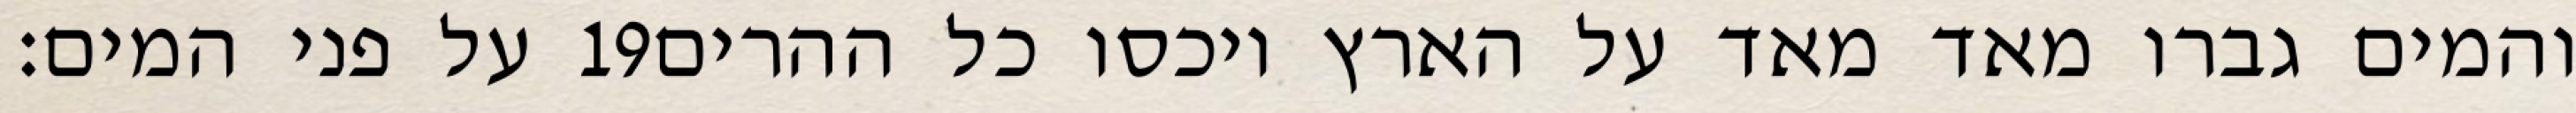
על פני המים׃ ‎19‏ והמים גברו מאד מאד על הארץ ויכסו כל ההרים